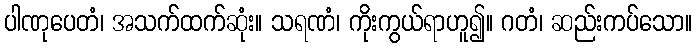
ပါဏုပေတံ၊ အသက်ထက်ဆုံး။ သရဏံ၊ ကိုးကွယ်ရာဟူ၍။ ဂတံ၊ ဆည်းကပ်သော။